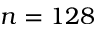
n = 1 2 8